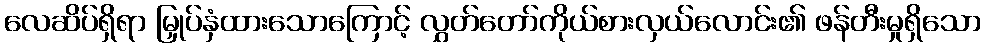
လေဆိပ်ရှိရာ မြှုပ်နှံထားသောကြောင့် လွှတ်တော်ကိုယ်စားလှယ်လောင်း၏ ဖန်တီးမှုရှိသော